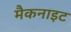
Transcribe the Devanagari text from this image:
मैकनाइट